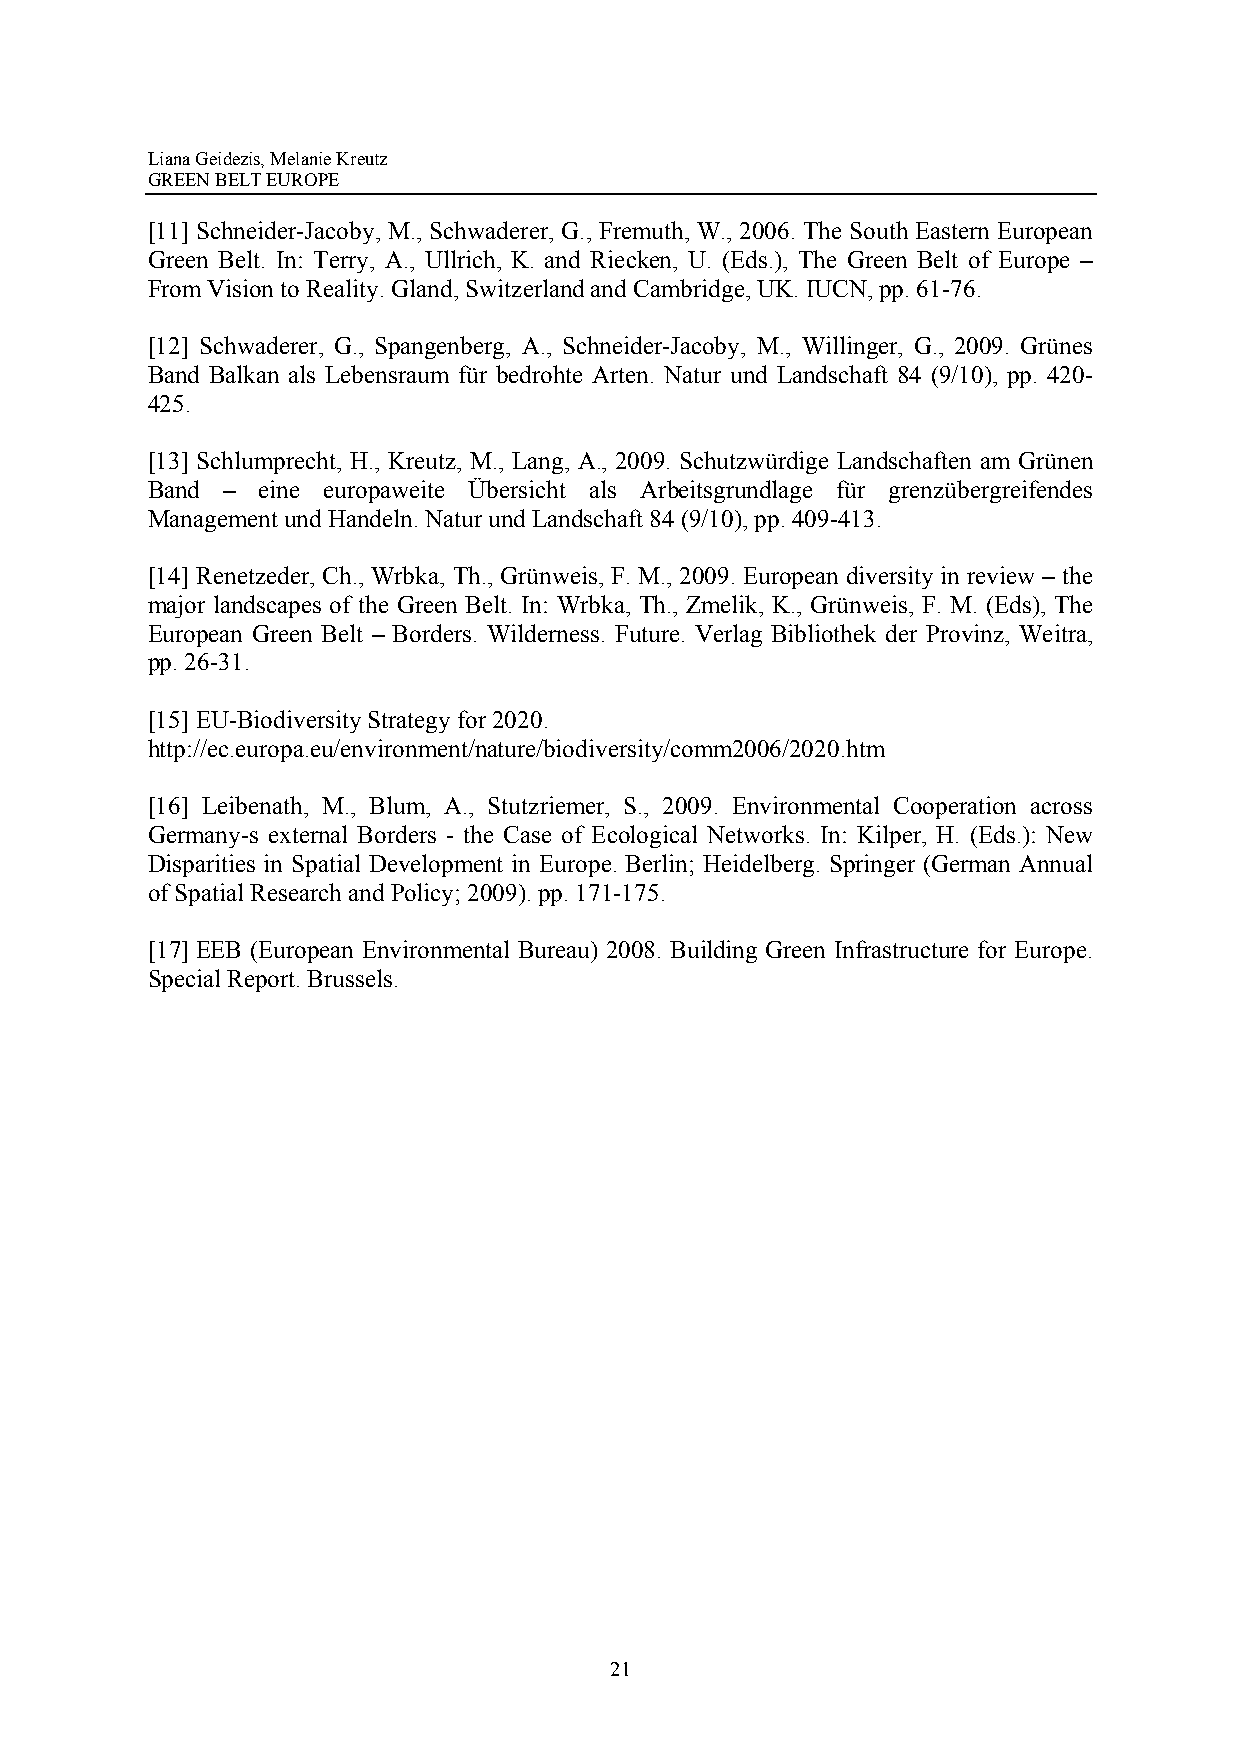
Liana Geidezis, Melanie Kreutz
 GREEN BELT EUROPE
 [11] Schneider-Jacoby, M., Schwaderer, G., Fremuth, W., 2006. The South Eastern European
 Green Belt. In: Terry, A., Ullrich, K. and Riecken, U. (Eds.), The Green Belt of Europe –
 From Vision to Reality. Gland, Switzerland and Cambridge, UK. IUCN, pp. 61-76.
 [12] Schwaderer, G., Spangenberg, A., Schneider-Jacoby, M., Willinger, G., 2009. Grünes
 Band Balkan als Lebensraum für bedrohte Arten. Natur und Landschaft 84 (9/10), pp. 420-
 425.
 [13] Schlumprecht, H., Kreutz, M., Lang, A., 2009. Schutzwürdige Landschaften am Grünen
 Band – eine europaweite Übersicht als Arbeitsgrundlage für grenzübergreifendes
 Management und Handeln. Natur und Landschaft 84 (9/10), pp. 409-413.
 [14] Renetzeder, Ch., Wrbka, Th., Grünweis, F. M., 2009. European diversity in review – the
 major landscapes of the Green Belt. In: Wrbka, Th., Zmelik, K., Grünweis, F. M. (Eds), The
 European Green Belt – Borders. Wilderness. Future. Verlag Bibliothek der Provinz, Weitra,
 pp. 26-31.
 [15] EU-Biodiversity Strategy for 2020.
 http://ec.europa.eu/environment/nature/biodiversity/comm2006/2020.htm
 [16] Leibenath, M., Blum, A., Stutzriemer, S., 2009. Environmental Cooperation across
 Germany-s external Borders - the Case of Ecological Networks. In: Kilper, H. (Eds.): New
 Disparities in Spatial Development in Europe. Berlin; Heidelberg. Springer (German Annual
 of Spatial Research and Policy; 2009). pp. 171-175.
 [17] EEB (European Environmental Bureau) 2008. Building Green Infrastructure for Europe.
 Special Report. Brussels.
 21